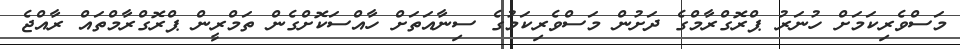
މަސްވެރިކަމަށް ހުނަރު ޕްރޮގްރާމްގެ ދަށުން މަސްވެރިކަމުގެ ސިނާއަތަށް ހާއްސަކޮށްގެން ތަމްރީން ޕްރޮގްރާމްތައް ރާއްޖެ